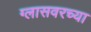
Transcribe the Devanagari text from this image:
ग्लासवरच्या